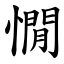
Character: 憪